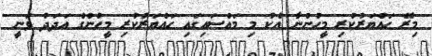
މިރޭ ހައްޔަރުކުރި މީހުންނާ އެކު މި މައްސައިގައި ހައްޔަރުކުރި މީހުންގެ އަދަދު ވަނީ